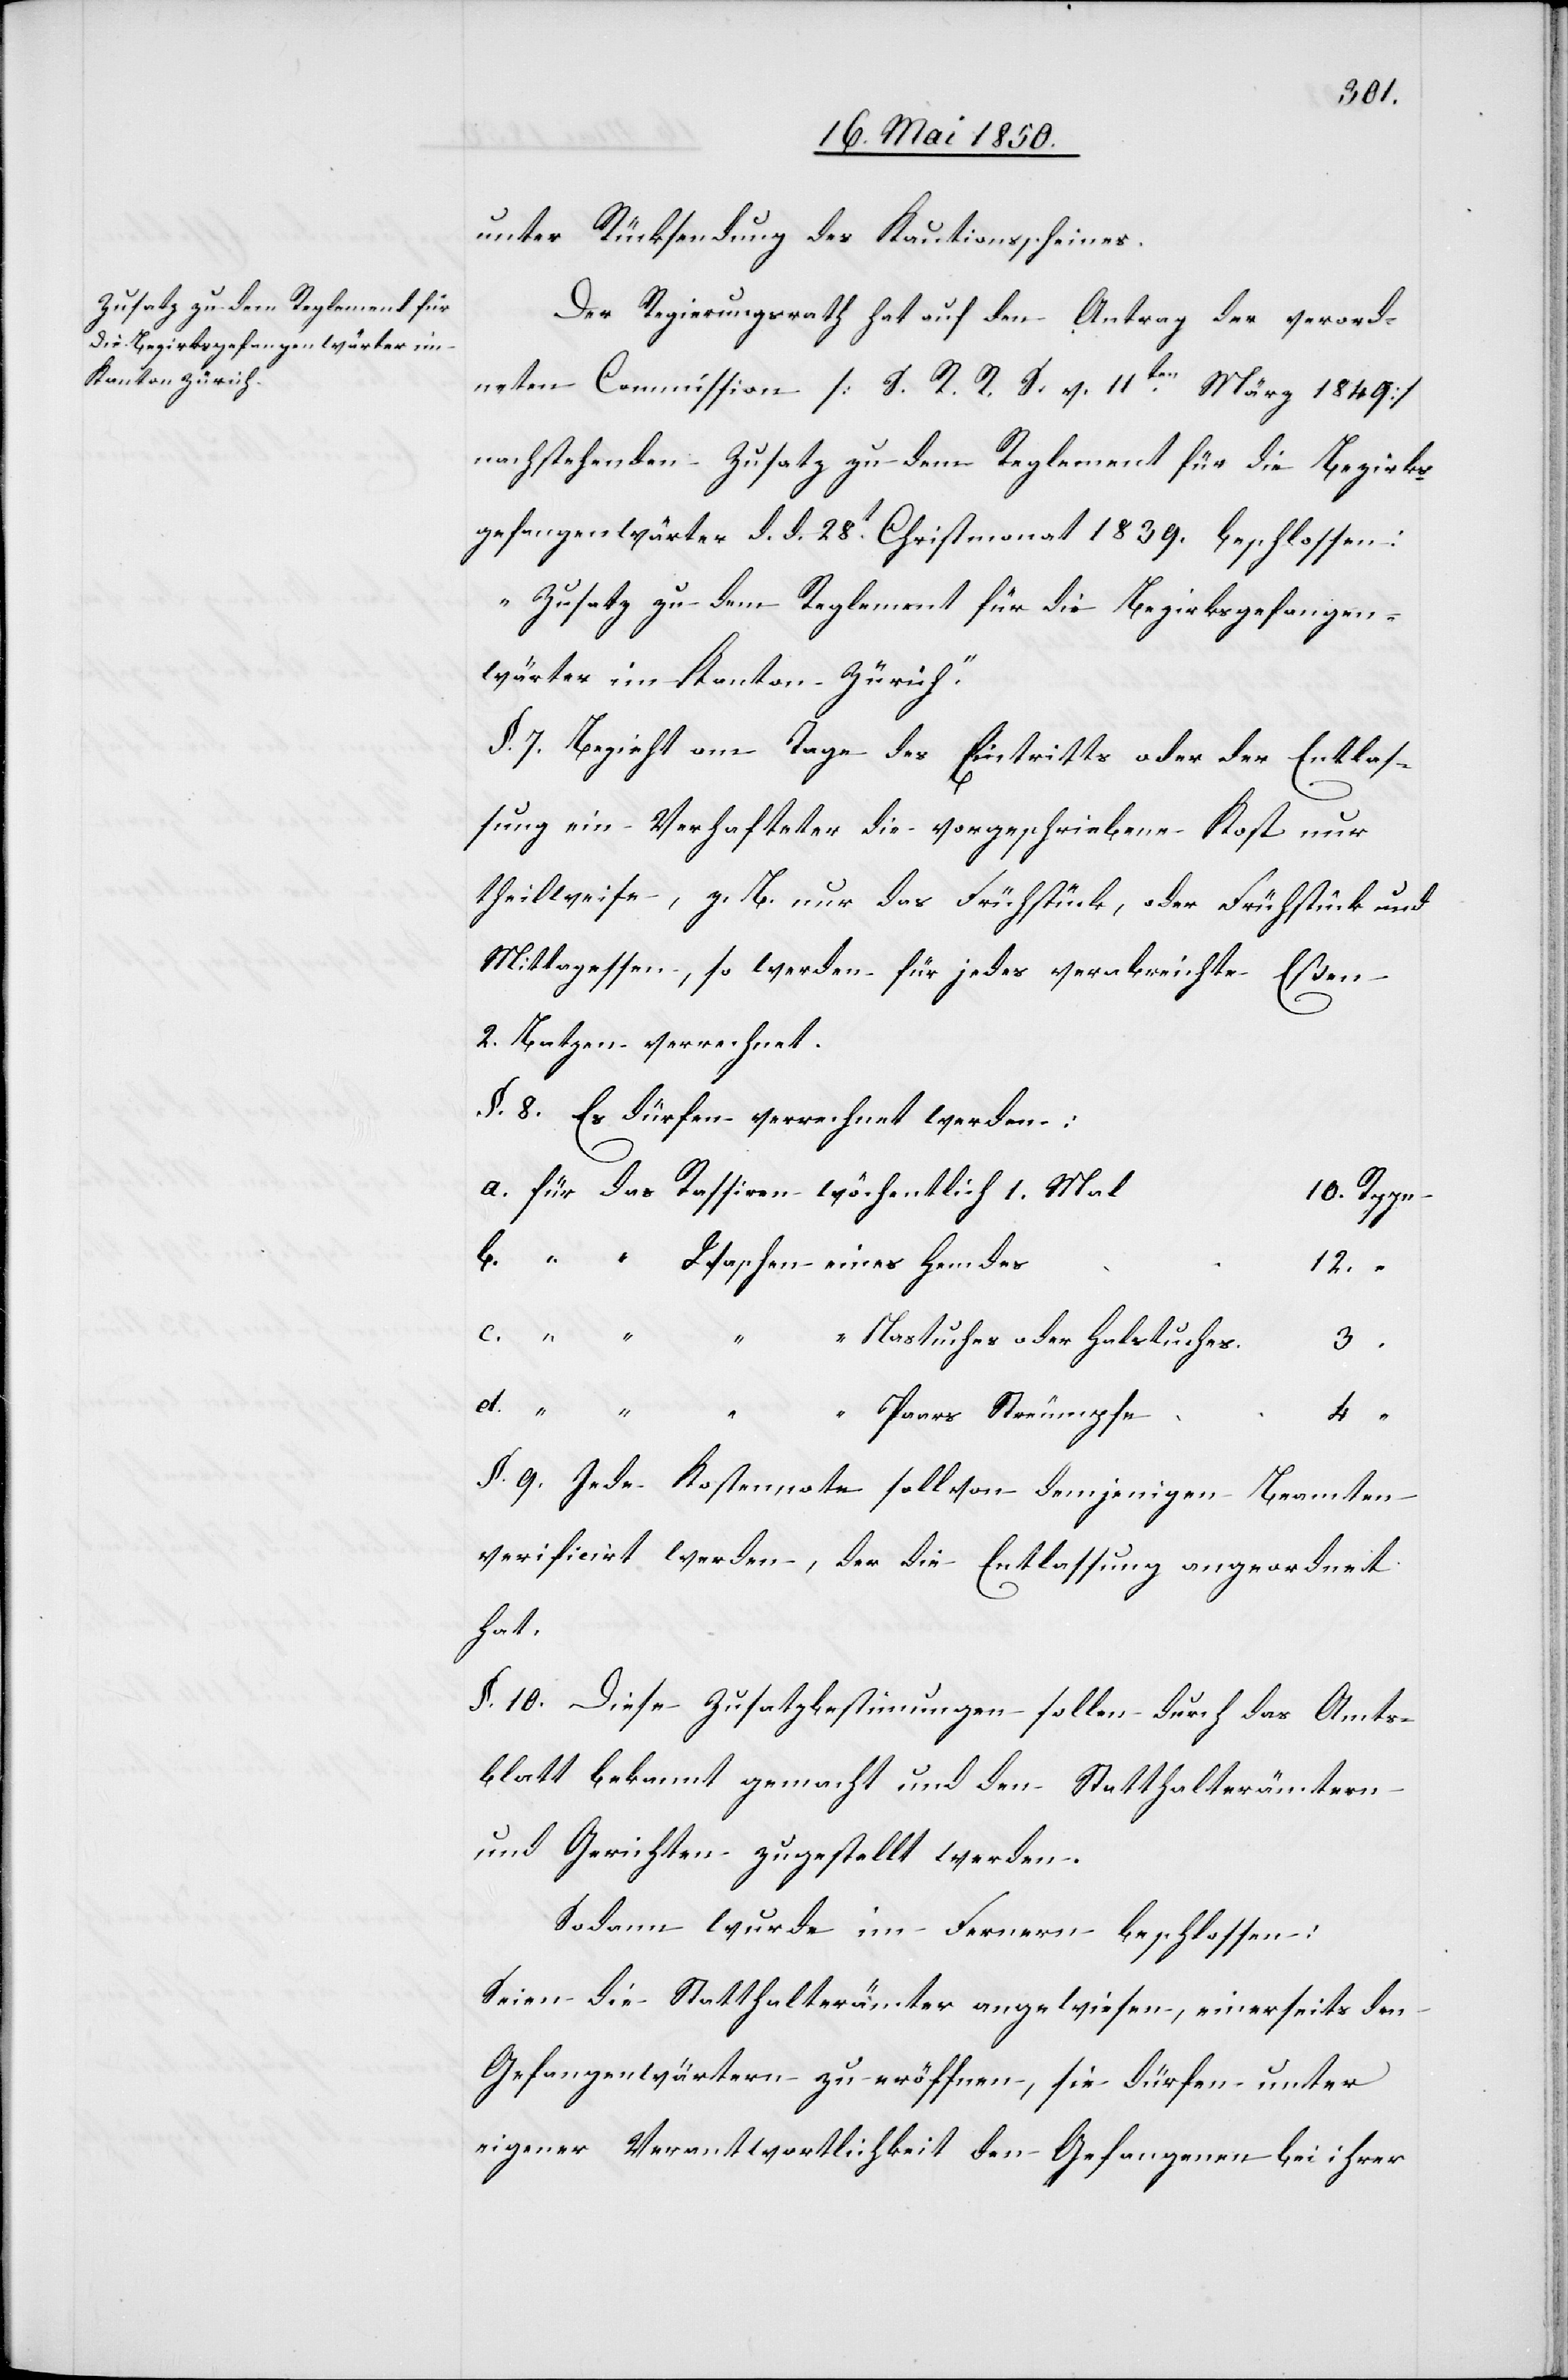
unter Rücksendung des Kautionsscheines.
Der Regierungsrath hat auf den Antrag der verord¬
neten Commission [S. R. R. S. v. 11ten März 1849]
nachstehenden Zusatz zu dem Reglement für die Bezirks¬
gefangenwärter d. d. 28t Christmonat 1839. beschlossen:
„Zusatz zu dem Reglement für die Bezirksgefangen¬
wärter im Kanton Zürich.“
§. 7. Bezieht am Tage des Eintritts oder der Entlas¬
sung ein Verhafteter die vorgeschriebene Kost nur
theilsweise, z. B. nur das Frühstück, oder Frühstück und
Mittagessen, so werden für jedes verabreichte Eßen
2. Batzen verrechnet.
§. 8. Es dürfen verrechnet werden:
a. für das Rassiren wöchentlich 1. Ma¬
c. “ “ “ “ Paars
Nastuches oder Halstuche¬
4.
§. 9. Jede Kostennote soll von demjenigen Beamten
verificirt werden, der die Entlassung angeordnet
hat.
§. 10. Diese Zusatzbestimmungen sollen durch das Amts¬
blatt bekannt gemacht und den Statthalterämtern
und Gerichten zugestellt werden.
Sodann wurde im Fernern beschlossen:
Seien die Statthalterämter angewiesen, einerseits den
Gefangenwärtern zu eröffnen, sie dürfen unter
eigener Verantwortlichkeit den Gefangenen bei ihrer